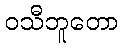
ဝသီဘူတော